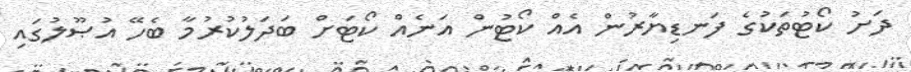
ދަށު ކޯޓުތަކުގެ ފަނޑިޔާރުން އެއް ކޯޓުން އަނެއް ކޯޓަށް ބަދަލުކުރުމާ ބެހޭ އުޞޫލުގައި